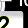
Digit: 2